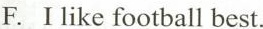
F. Ilike football best.